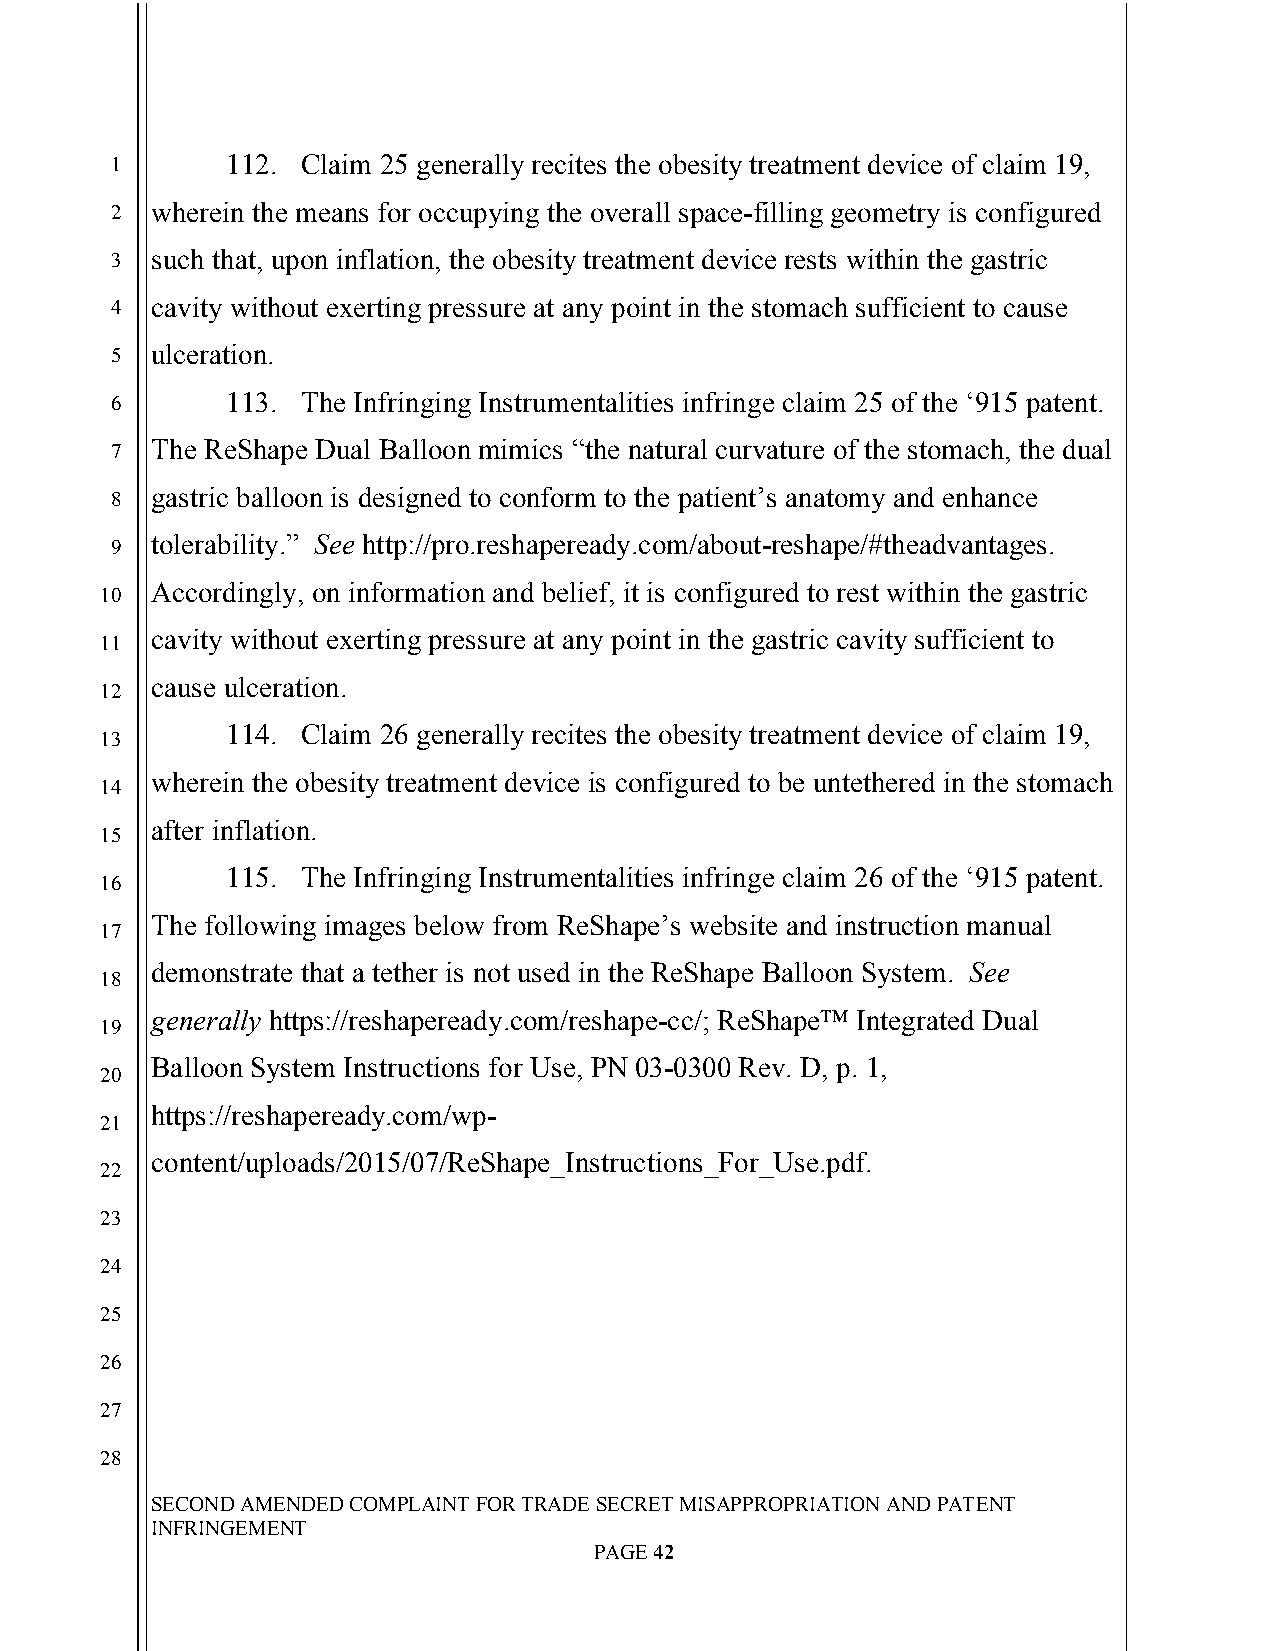
`
 1       112. Claim 25 generally recites the obesity treatment device of claim 19,
 2  wherein the means for occupying the overall space-filling geometry is configured
 3  such that, upon inflation, the obesity treatment device rests within the gastric
 4  cavity without exerting pressure at any point in the stomach sufficient to cause
 5  ulceration.
 6       113. The Infringing Instrumentalities infringe claim 25 of the ‘915 patent.
 7  The ReShape Dual Balloon mimics “the natural curvature of the stomach, the dual
 8  gastric balloon is designed to conform to the patient’s anatomy and enhance
 tolerability.” See http://pro.reshapeready.com/about-reshape/#theadvantages.
 9
 Accordingly, on information and belief, it is configured to rest within the gastric
 10
 cavity without exerting pressure at any point in the gastric cavity sufficient to
 11
 cause ulceration.
 12
 114. Claim 26 generally recites the obesity treatment device of claim 19,
 13
 wherein the obesity treatment device is configured to be untethered in the stomach
 14
 after inflation.
 15
 115. The Infringing Instrumentalities infringe claim 26 of the ‘915 patent.
 16
 The following images below from ReShape’s website and instruction manual
 17
 demonstrate that a tether is not used in the ReShape Balloon System. See
 18
 generally https://reshapeready.com/reshape-cc/; ReShape™ Integrated Dual
 19
 Balloon System Instructions for Use, PN 03-0300 Rev. D, p. 1,
 20
 https://reshapeready.com/wp-
 21
 content/uploads/2015/07/ReShape_Instructions_For_Use.pdf.
 22
 23
 24
 25
 26
 27
 28
 SECOND AMENDED COMPLAINT FOR TRADE SECRET MISAPPROPRIATION AND PATENT
 INFRINGEMENT
 PAGE 42